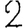
Digit: 2